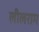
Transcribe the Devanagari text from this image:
लीलराम